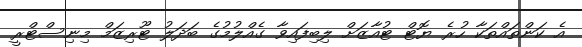
އެ ކަންތައްތަކާ ހުރެ ޔޮޓް ޓުއާޒަށް ލިބިފައިވާ ގެއްލުމުގެ ބަދަލު ޓޫރިޒަމް މިނިސްޓްރީ